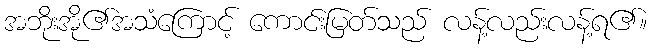
အဘိုးအို၏အသံကြောင့် ကောင်းမြတ်သည် လန့်လည်းလန့်ရ၏။